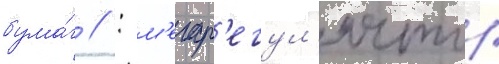
бума́г // : м'егар'егул'ятор